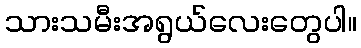
သားသမီးအရွယ်လေးတွေပါ။